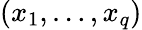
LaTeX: (x_{1},\dots,x_{q})